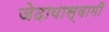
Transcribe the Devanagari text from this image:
जेदायास्वामी